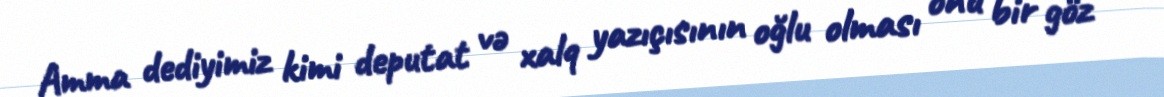
Amma dediyimiz kimi deputat və xalq yazıçısının oğlu olması onu bir göz